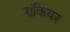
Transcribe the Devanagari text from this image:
रांकियर